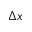
\Delta x